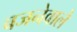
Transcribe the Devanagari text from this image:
बजनेवाले